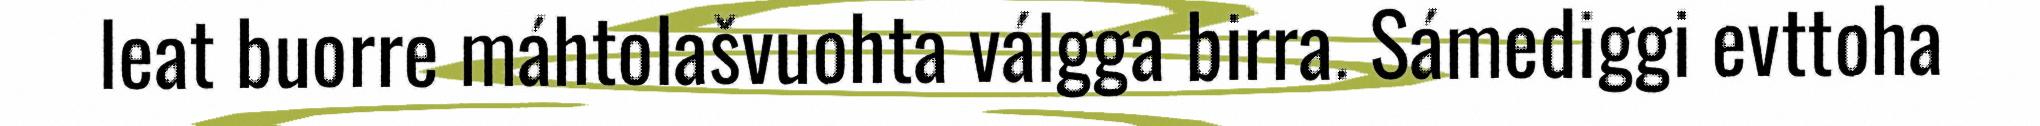
leat buorre máhtolašvuohta válgga birra. Sámediggi evttoha